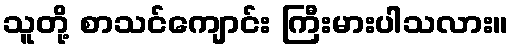
သူတို့ စာသင်ကျောင်း ကြီးမားပါသလား။